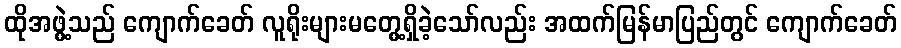
ထိုအဖွဲ့သည် ကျောက်ခေတ် လူရိုးများမတွေ့ရှိခဲ့သော်လည်း အထက်မြန်မာပြည်တွင် ကျောက်ခေတ်